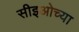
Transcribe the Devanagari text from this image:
सीइओच्या